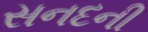
સનદની